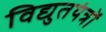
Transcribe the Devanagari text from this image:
विद्युतयंत्रों